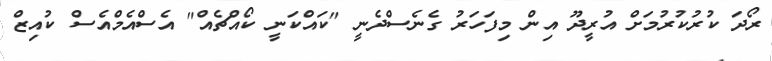
ރޯދަ ކުރުކުރުމަށް އުރީދޫ އިން މިފަހަރު ގެނެސްދެނީ "ކައްކަނީ ކޯއްޗެއް" އެސްއެމްއެސް ކުއިޒް